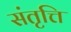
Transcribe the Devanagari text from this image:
संतृत्ति